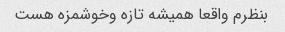
بنظرم واقعا همیشه تازه وخوشمزه هست